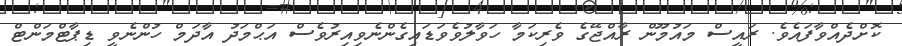
ކޮށްދެއްވާފައެވެ. ރައީސް މައުމޫން ރާއްޖޭގެ ވެރިކަމާ ހަވާލުވެވަޑައިގެންނެވިއިރުވެސް އަޙްމަދު އާދަމް ހުންނެވީ ޑިޕާޓްމަންޓް